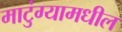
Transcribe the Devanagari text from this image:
माटुंग्यामधील